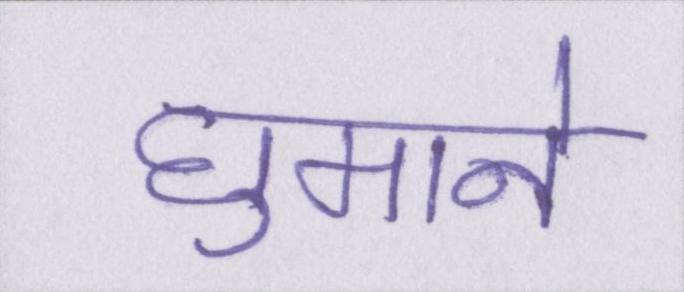
घुमाने